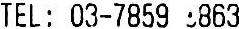
TEL: 03-7859 863